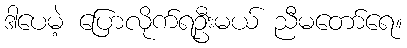
ဒါပေမဲ့ ပြောလိုက်ရဦးမယ် ညီမတော်ရေ။